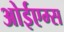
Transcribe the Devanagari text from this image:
ओईएम्स